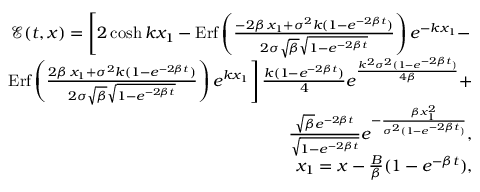
\begin{array} { r l r } & { } & { { \mathcal E } ( t , x ) = \left[ 2 \cosh k x _ { 1 } - \mathrm { E r f } \left( \frac { - 2 \beta \, x _ { 1 } + \sigma ^ { 2 } k ( 1 - e ^ { - 2 \beta t } ) } { 2 \sigma \sqrt { \beta } \sqrt { 1 - e ^ { - 2 \beta t } } } \right) e ^ { - { k x _ { 1 } } } - \right. } \\ & { } & { \left. \mathrm { E r f } \left( \frac { 2 \beta \, x _ { 1 } + \sigma ^ { 2 } k ( 1 - e ^ { - 2 \beta t } ) } { 2 \sigma \sqrt { \beta } \sqrt { 1 - e ^ { - 2 \beta t } } } \right) e ^ { k x _ { 1 } } \right] \frac { k ( 1 - e ^ { - 2 \beta t } ) } { 4 } e ^ { \frac { k ^ { 2 } \sigma ^ { 2 } ( 1 - e ^ { - 2 \beta t } ) } { 4 \beta } } + } \\ & { } & { \frac { \sqrt { \beta } e ^ { - 2 \beta t } } { \sqrt { 1 - e ^ { - 2 \beta t } } } e ^ { - \frac { \beta x _ { 1 } ^ { 2 } } { \sigma ^ { 2 } ( 1 - e ^ { - 2 \beta t } ) } } , } \\ & { } & { x _ { 1 } = x - \frac { B } { \beta } ( 1 - e ^ { - \beta t } ) , } \end{array}